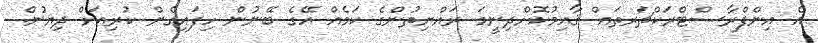
އެ އިންފްރާސްޓްރަކްޗަރތައް ޤާއިމުކޮށްދިނީމަ ރައްޔިތުންގެ ކަމެއް އޭގެ ބޭނުން ހިފައިގެން ކުރިއަށް ދިޔުން.